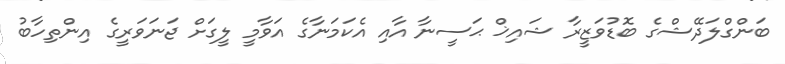
ބަންގްލަދޭޝްގެ ބޮޑުވަޒީރާ ޝައިޚް ޙަސީނާ އާއި އެކަމަނާގެ އަވާމީ ލީގަށް ޖަނަވަރީގެ އިންތިހާބު